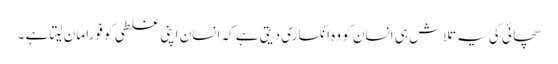
سچائی کی یہ تلاش ہی انسان کو وہ انکساری دیتی ہے کہ انسان اپنی غلطی کو فوراً مان لیتا ہے ۔